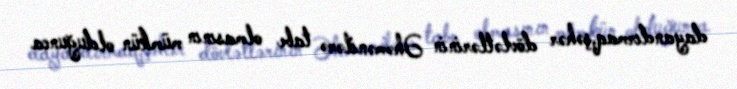
dayandırmaq,şəhər dövlətlərinin Əhəmənilərə tabe olmasının mümkün olduğunca